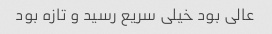
عالی بود خیلی سریع رسید و تازه بود